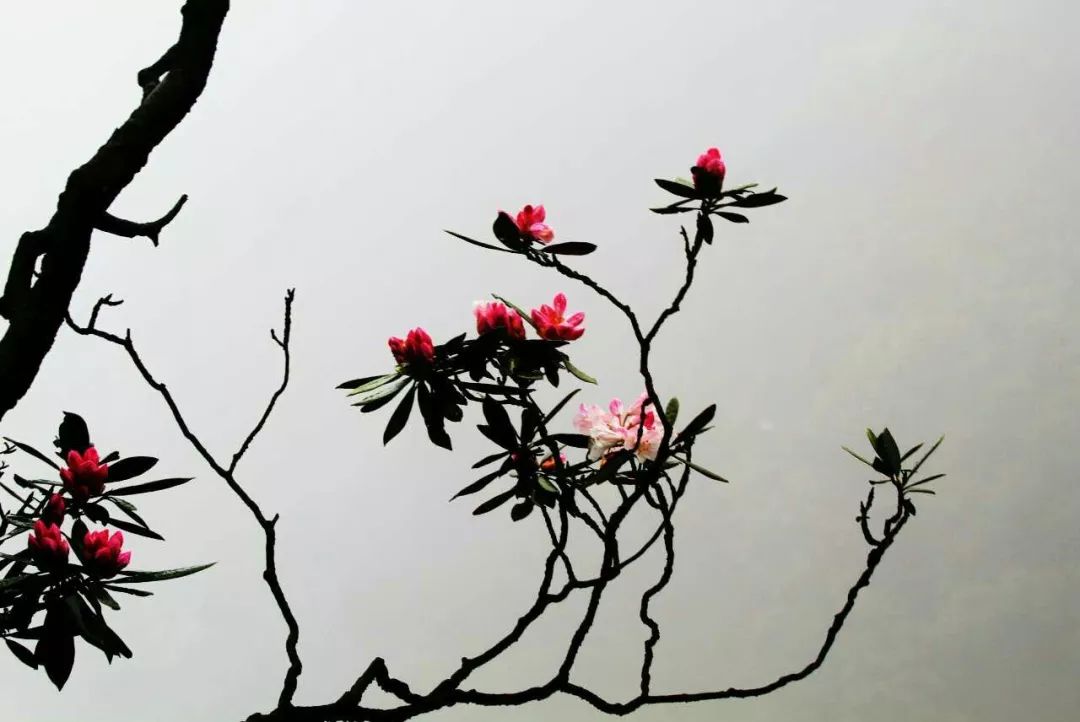
叶落风不起，山空花自红。